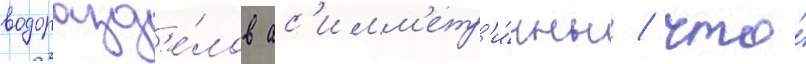
водоразд'е́лов ас'имм'етр'и́чны / что́